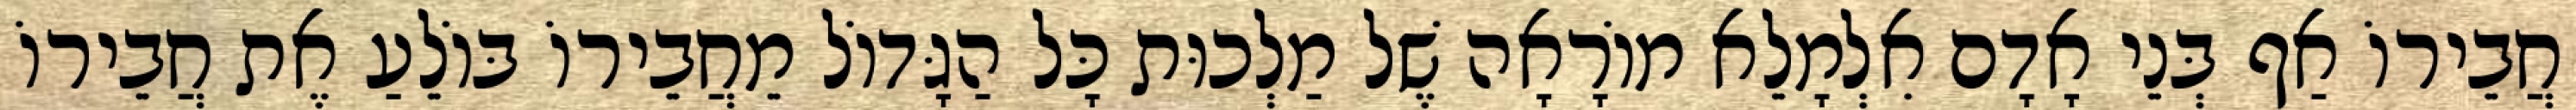
חֲבֵירוֹ אַף בְּנֵי אָדָם אִלְמָלֵא מוֹרָאָה שֶׁל מַלְכוּת כָּל הַגָּדוֹל מֵחֲבֵירוֹ בּוֹלֵעַ אֶת חֲבֵירוֹ